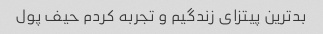
بدترین پیتزای زندگیم و تجربه کردم حیف پول